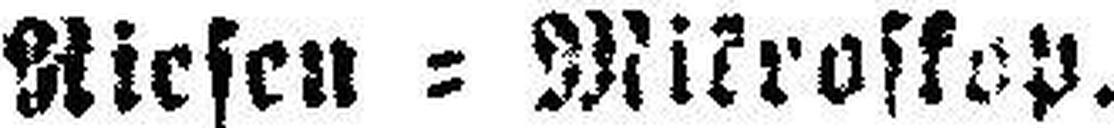
Riesen = Mikroskop.